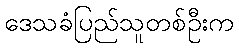
ဒေသခံပြည်သူတစ်ဦးက